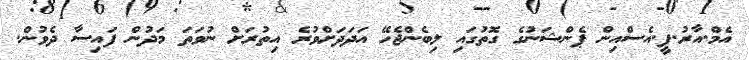
އެމް.އާރު.ޕީ.އެސްއިން ޕެންޝަނުގެ ގޮތުގައި ލިބެންޖެހޭ އަދަދަށްވުރެ އިތުރަށް ނުވަތަ މަދުން ފައިސާ ދެވުން.